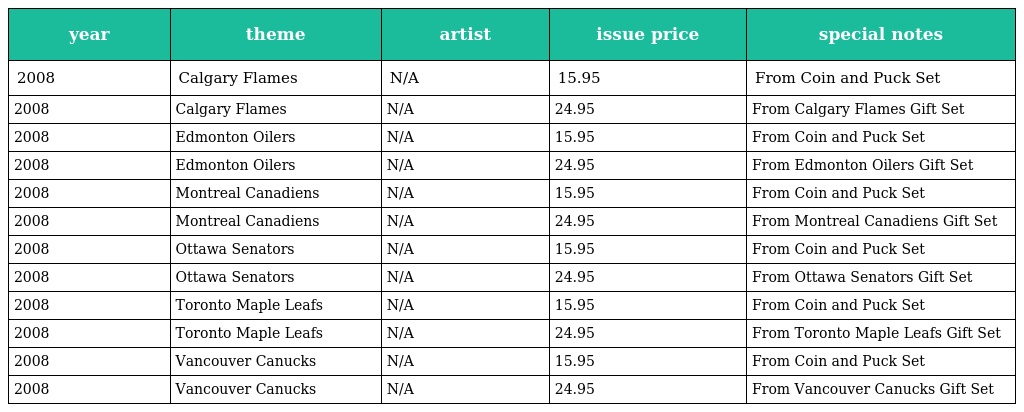
| year | theme | artist | issue price | special notes |
 | --- | --- | --- | --- | --- |
 | 2008 | Calgary Flames | N/A | 15.95 | From Coin and Puck Set |
 | 2008 | Calgary Flames | N/A | 24.95 | From Calgary Flames Gift Set |
 | 2008 | Edmonton Oilers | N/A | 15.95 | From Coin and Puck Set |
 | 2008 | Edmonton Oilers | N/A | 24.95 | From Edmonton Oilers Gift Set |
 | 2008 | Montreal Canadiens | N/A | 15.95 | From Coin and Puck Set |
 | 2008 | Montreal Canadiens | N/A | 24.95 | From Montreal Canadiens Gift Set |
 | 2008 | Ottawa Senators | N/A | 15.95 | From Coin and Puck Set |
 | 2008 | Ottawa Senators | N/A | 24.95 | From Ottawa Senators Gift Set |
 | 2008 | Toronto Maple Leafs | N/A | 15.95 | From Coin and Puck Set |
 | 2008 | Toronto Maple Leafs | N/A | 24.95 | From Toronto Maple Leafs Gift Set |
 | 2008 | Vancouver Canucks | N/A | 15.95 | From Coin and Puck Set |
 | 2008 | Vancouver Canucks | N/A | 24.95 | From Vancouver Canucks Gift Set |